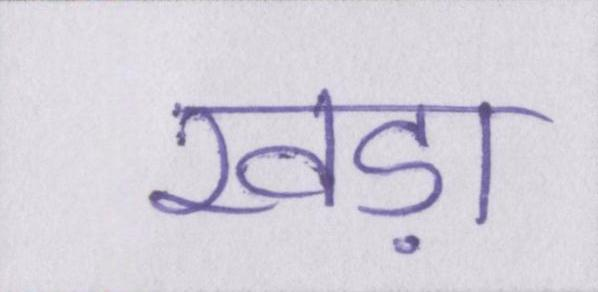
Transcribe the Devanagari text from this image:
खड़ा